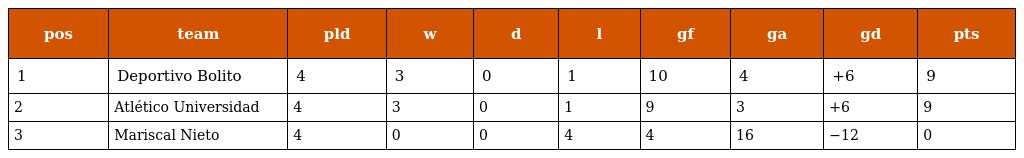
| pos | team | pld | w | d | l | gf | ga | gd | pts |
 | --- | --- | --- | --- | --- | --- | --- | --- | --- | --- |
 | 1 | Deportivo Bolito | 4 | 3 | 0 | 1 | 10 | 4 | +6 | 9 |
 | 2 | Atlético Universidad | 4 | 3 | 0 | 1 | 9 | 3 | +6 | 9 |
 | 3 | Mariscal Nieto | 4 | 0 | 0 | 4 | 4 | 16 | −12 | 0 |